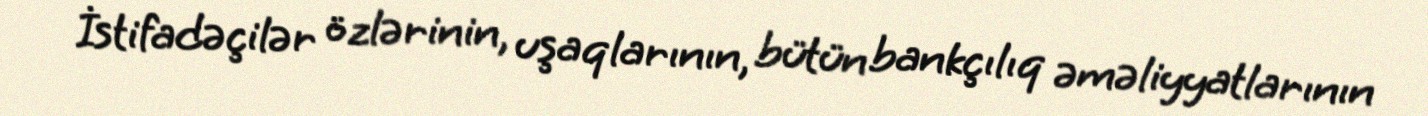
İstifadəçilər özlərinin, uşaqlarının, bütün bankçılıq əməliyyatlarının